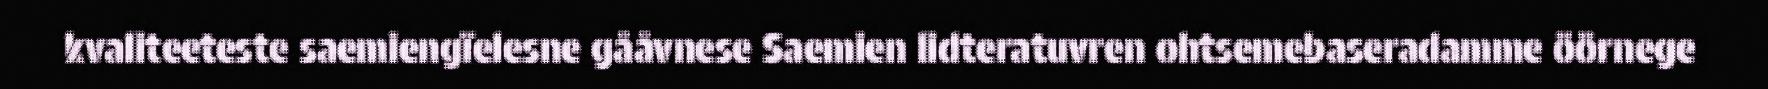
kvaliteeteste saemiengïelesne gååvnese Saemien lidteratuvren ohtsemebaseradamme öörnege